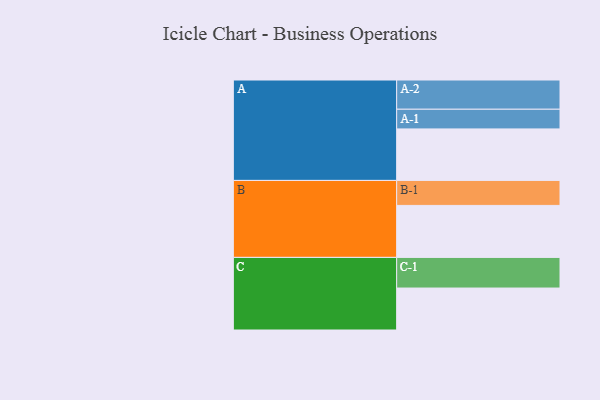
{"axis": {"x": "Segment", "y": "Value"}, "legend": ["", "A", "B", "C"], "data": [{"x": "A", "y": 437, "type": ""}, {"x": "B", "y": 441, "type": ""}, {"x": "C", "y": 356, "type": ""}, {"x": "A-1", "y": 167, "type": "A"}, {"x": "A-2", "y": 248, "type": "A"}, {"x": "B-1", "y": 212, "type": "B"}, {"x": "C-1", "y": 260, "type": "C"}]}